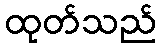
ထုတ်သည်